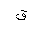
Letter: _qaf